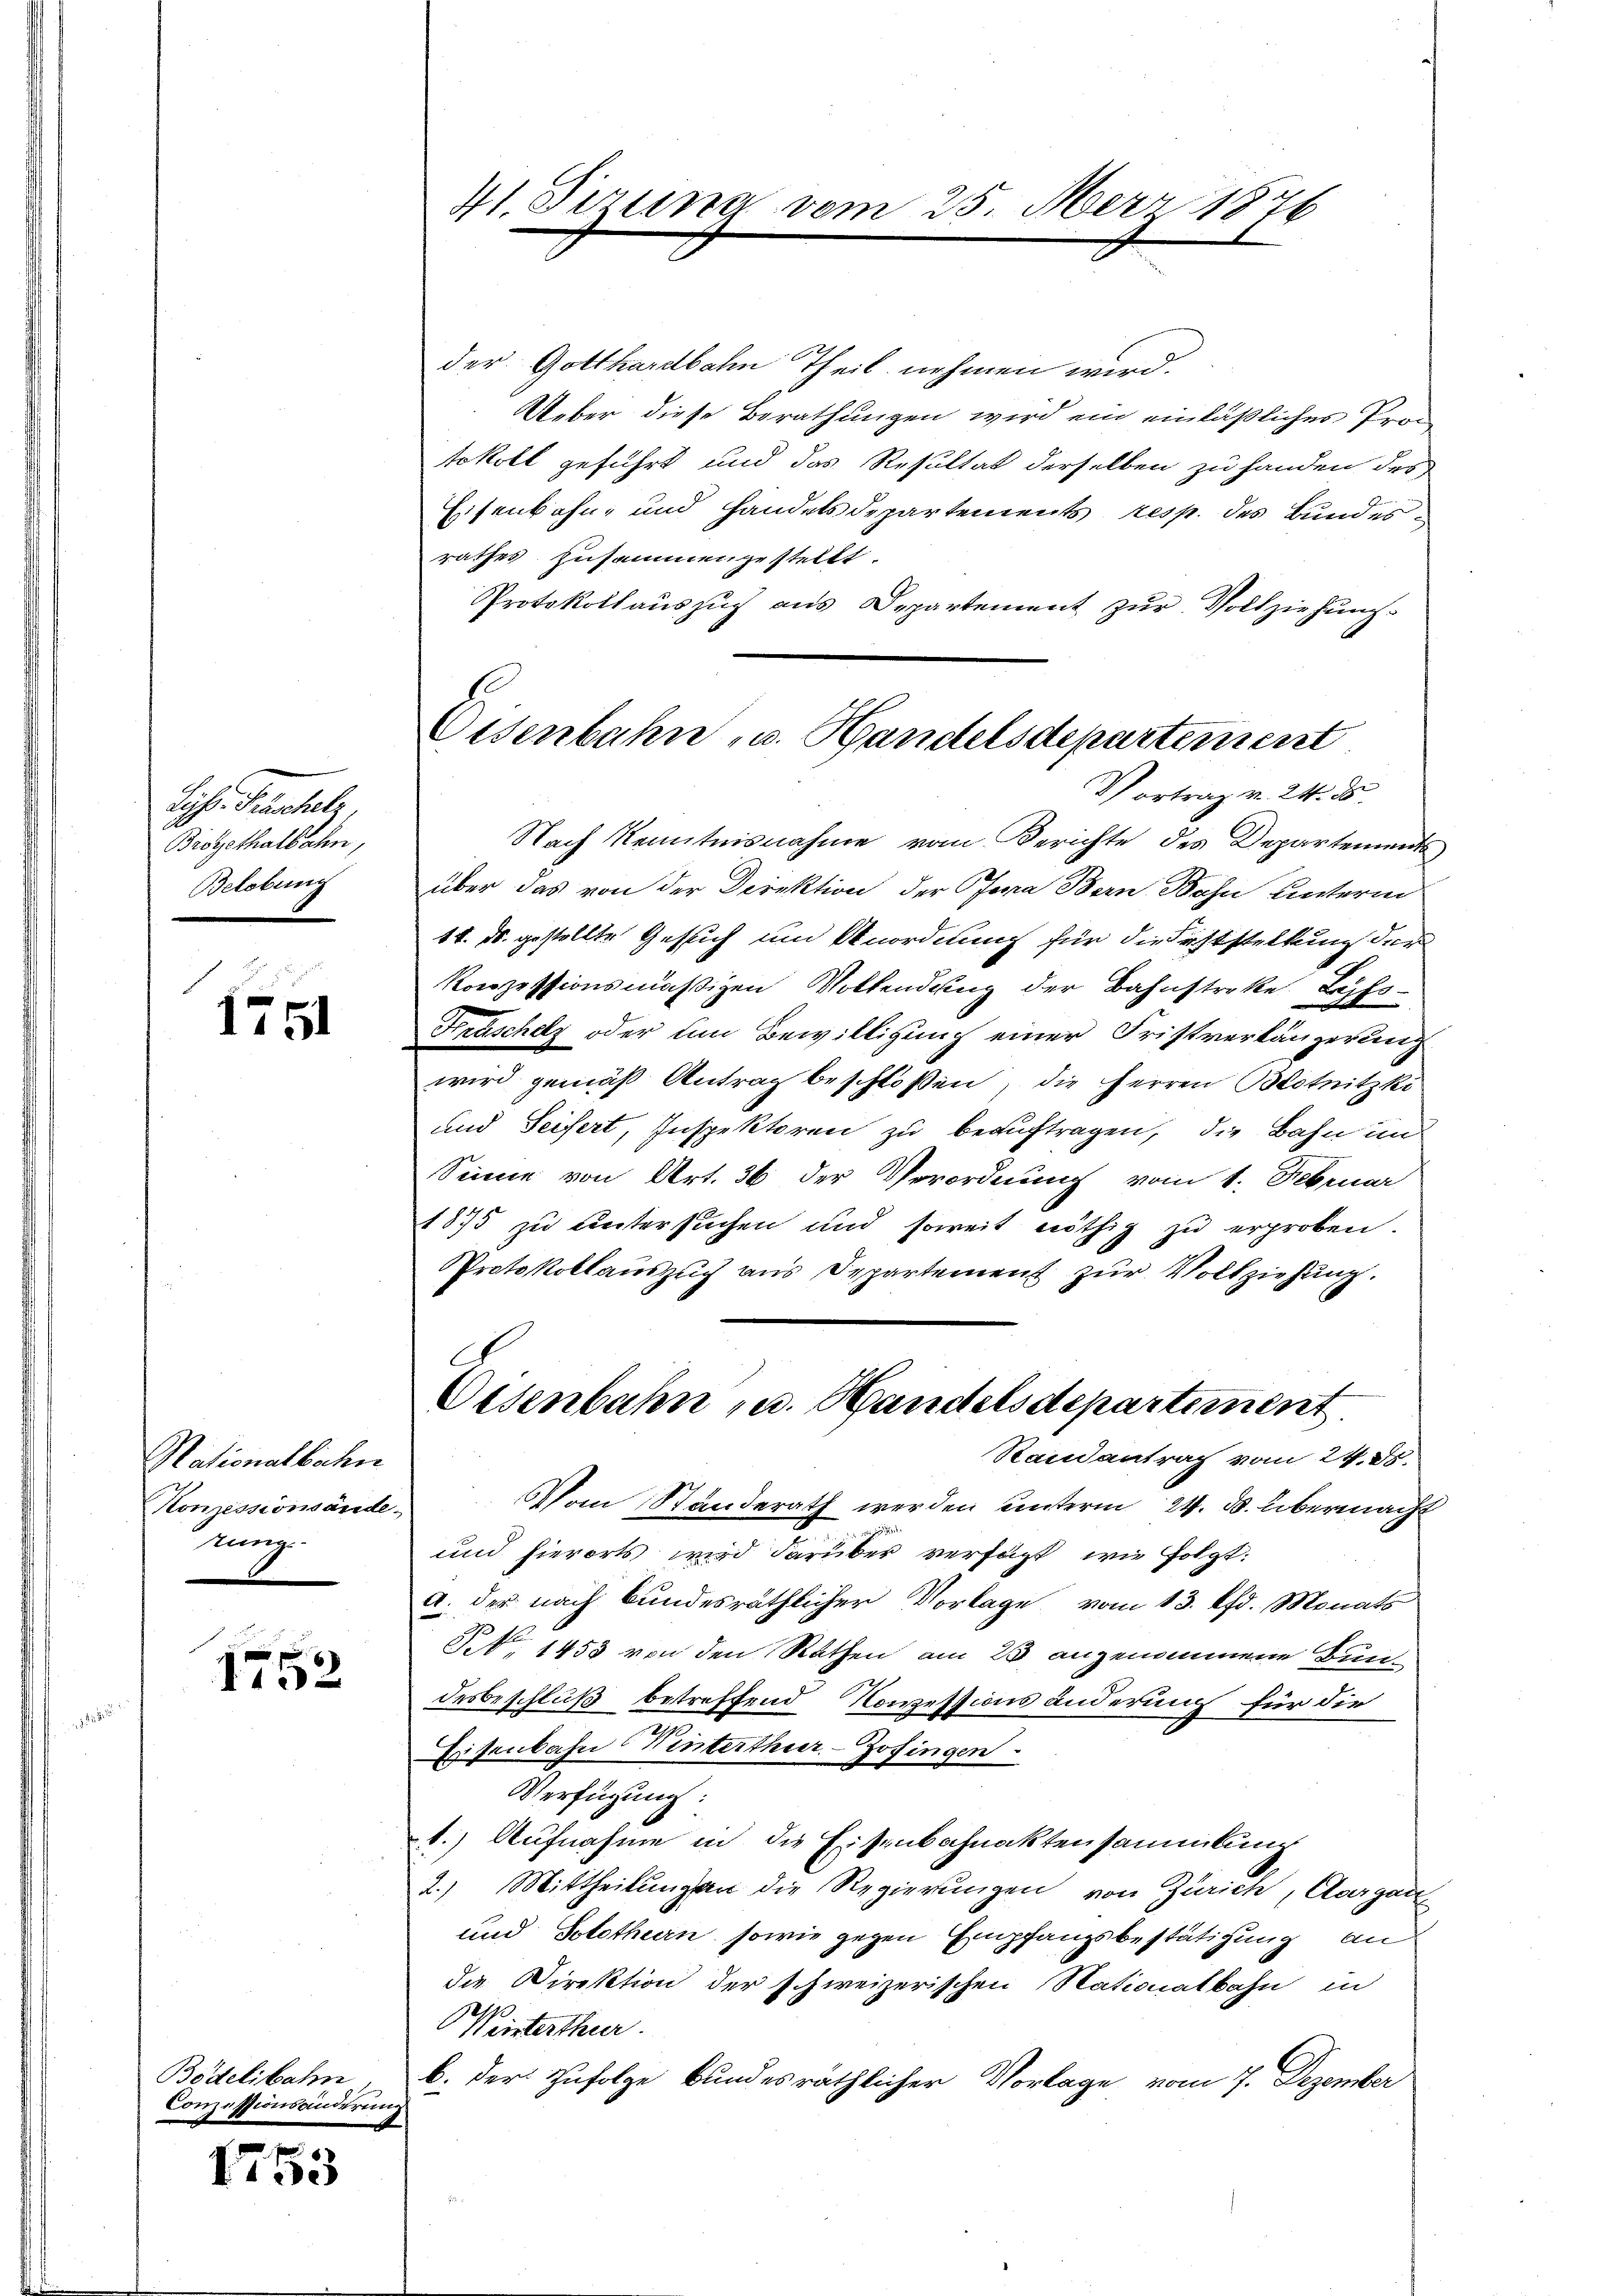
Lis. Paschele
Brogethalbahn,
Belobung

1751

Nationalbahn
Komissionsände-
Kung.

1752

Bodelibahn
Conzessionsänderung

1753

41. Perina vom

2. Merz 1876

Eisenbahn u. Handelsdepartement
Vortrag v. 24. ds.

der Gotthardbahn Theil nehmen wird.
Ueber diese Berathungen wird ein einläßliches Prom
tokoll geführt und das Resultat derselben zu handen der
Eisenbahn- und Handelsdepartements resp. des Bundesrathes zusammengestellt.
Protokollauszug aus Departement zur Vollziehung
Nach Kenntnisnahme vom Berichte des Departementsüber das von der Direktion der Cara Bern Bahn unterm
14. d. gestellte Gesuch um Anordnung für die Feststellung der
Konzessionsmäßigen Vollendung der Bahnstreke Lyfs¬
Fräschelz oder von Bewilligung einer Fristverlängerung
wird gemäß Antrag beschloßen, die Herren Blotnitzki
und Seifert, Inspektoren zu beauftragen, die Bahn im
Sinne von Art. 36 der Verordnung vom 1. Februar
1875 zu untersuchen und soweit nöthig zu erproben.
Protokollauszug aus Departement zur Vollziehung.
Eisenbahn u. Handelsdepartement
Randantrag vom 24. d.
Von Standerath werden unterm 24. d. übermacht
und hierorts wird darüber verfügt, wie folgt:
a. der nach Bundesräthlicher Vorlage vom 13. d. Monats
§ 1453 von den Rathen am 25 angenommene Bundesbeschluß betreffend Nowessionsänderung für die
Eisenbahn Winterthur–Zofingen
Verfügung:
1.) Aufnahme in die Eisenbahnaktensammlung
2.) Mittheilungen die Regierungen von Zürich, Clargau
und Solothurn, sowie gegen Empfangsbestätigung an
die Direktion der schweizerischen Stationalbahn in
Weisterthur.
b. der Zufolge bundesräthlicher Vorlage vom 7. Dezember